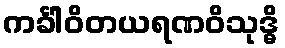
ကင်္ခါဝိတယရဏဝိသုဒ္ဓိ